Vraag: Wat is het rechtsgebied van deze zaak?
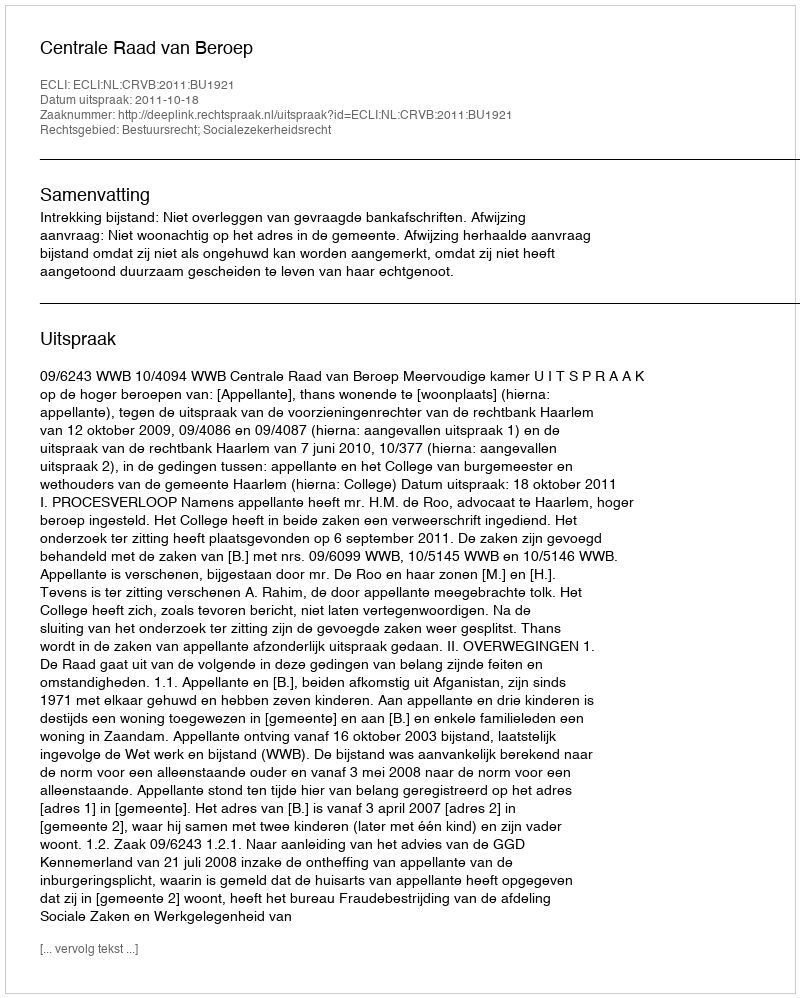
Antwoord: Bestuursrecht; Socialezekerheidsrecht